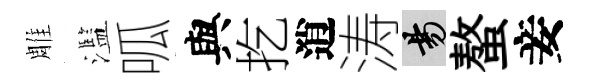
雕濫呱與扢逍涛昜螯妾